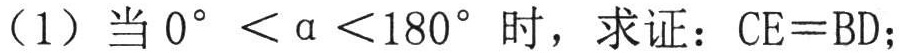
（1）当\(0^{\circ}< \alpha <180^{\circ}\)时，求证：\(CE = BD\)；